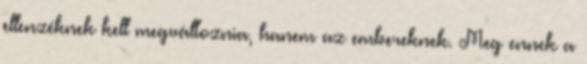
ellenzéknek kell megváltoznia, hanem az embereknek. Meg ennek a